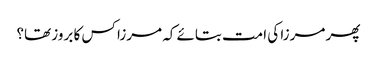
پھر مرزا کی امت بتائے کہ مرزا کس کا بروز تھا؟